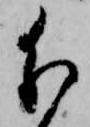
分